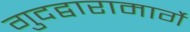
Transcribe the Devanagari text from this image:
गुदद्वारामार्गे